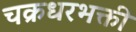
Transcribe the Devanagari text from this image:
चक्रधरभक्ती